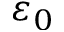
\varepsilon _ { 0 }